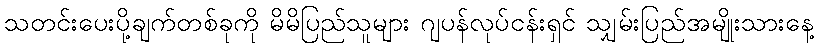
သတင်းပေးပို့ချက်တစ်ခုကို မိမိပြည်သူများ ဂျပန်လုပ်ငန်းရှင် သျှမ်းပြည်အမျိုးသားနေ့